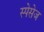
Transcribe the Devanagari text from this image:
स्पेसेज